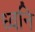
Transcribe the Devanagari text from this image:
ध्‍वनि